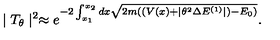
\mid T _ { \theta } \mid ^ { 2 } \approx e ^ { - 2 \int _ { x _ { 1 } } ^ { x _ { 2 } } d x \sqrt { 2 m ( ( V ( x ) + \mid \theta ^ { 2 } \Delta E ^ { ( 1 ) } \mid ) - E _ { 0 } ) } } .